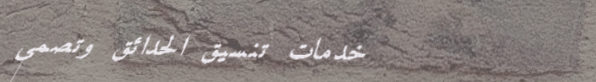
خدمات تنسيق الحدائق وتصمي